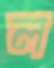
ল